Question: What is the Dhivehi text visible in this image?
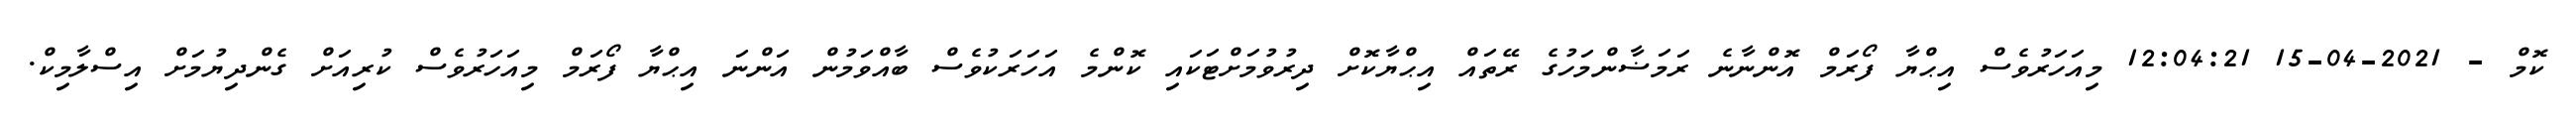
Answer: ކޮމް - 2021-04-15 12:04:21 މިއަހަރުވެސް އިޙްޔާ ފޯރަމް އޮންނާނެ ރަމަޟާންމަހުގެ ރޭތައް އިޙްޔާކޮށް ދިރުވުމަށްޓަކައި ކޮންމެ އަހަރަކުވެސް ބާއްވަމުން އަންނަ އިޙްޔާ ފޯރަމް މިއަހަރުވެސް ކުރިއަށް ގެންދިޔުމަށް އިސްލާމިކް.